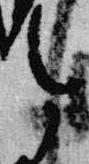
今